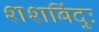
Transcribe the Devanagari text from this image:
शशबिंदुः